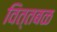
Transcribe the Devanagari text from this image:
वित्तबळ